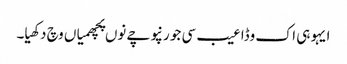
ایہو ہی اک وڈا عیب سی جو رنپوچے نوں پچھمیاں وچ دکھیا۔